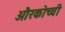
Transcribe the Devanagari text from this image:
औरकोच्ची